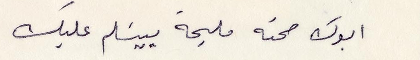
ابوك صحته مليحة بيسلم عليك